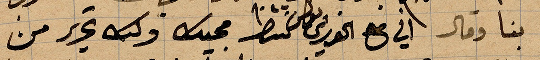
بنا وقال ان في ال... وكتب تحرير من